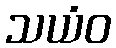
သယံဝ